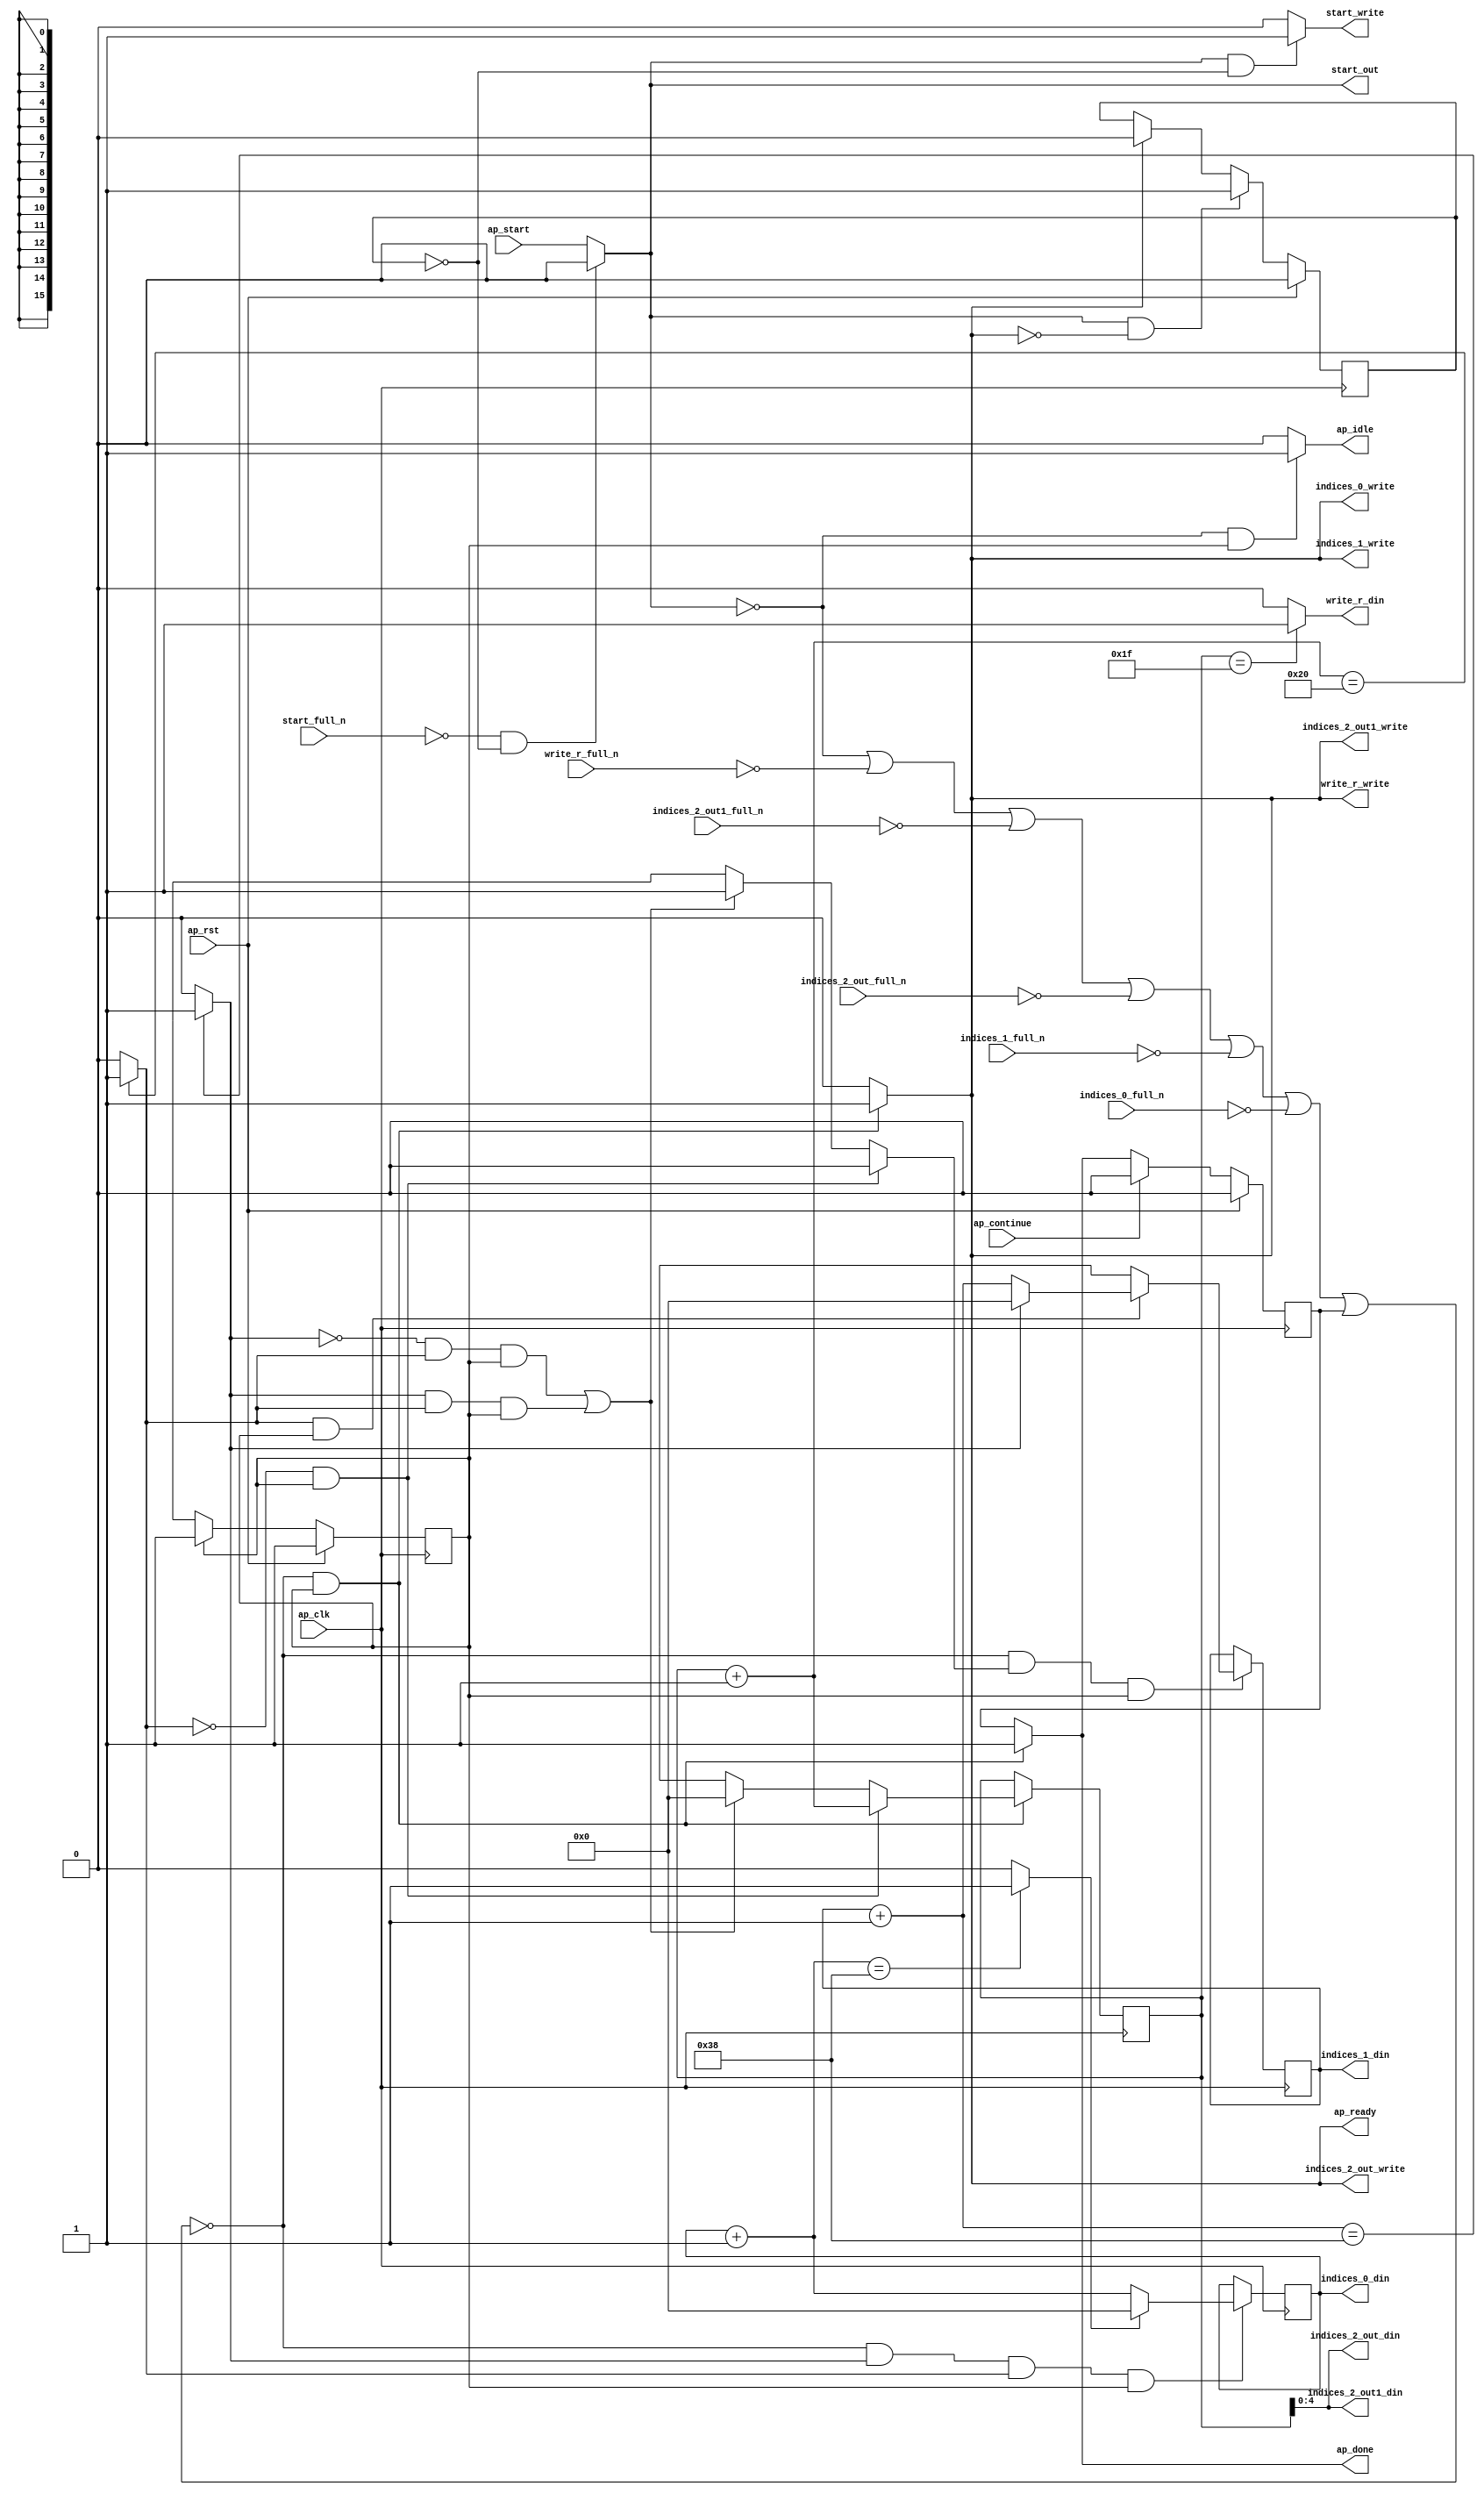
`define EXPONENT 5
`define MANTISSA 10
`define ACTUAL_MANTISSA 11
`define EXPONENT_LSB 10
`define EXPONENT_MSB 14
`define MANTISSA_LSB 0
`define MANTISSA_MSB 9
`define MANTISSA_MUL_SPLIT_LSB 3
`define MANTISSA_MUL_SPLIT_MSB 9
`define SIGN 1
`define SIGN_LOC 15
`define DWIDTH (`SIGN+`EXPONENT+`MANTISSA)
`define IEEE_COMPLIANCE 1

module td_fused_top_tdf4_get_next_ijk (
        ap_clk,
        ap_rst,
        ap_start,
        start_full_n,
        ap_done,
        ap_continue,
        ap_idle,
        ap_ready,
        start_out,
        start_write,
        indices_0_din,
        indices_0_full_n,
        indices_0_write,
        indices_1_din,
        indices_1_full_n,
        indices_1_write,
        indices_2_out_din,
        indices_2_out_full_n,
        indices_2_out_write,
        indices_2_out1_din,
        indices_2_out1_full_n,
        indices_2_out1_write,
        write_r_din,
        write_r_full_n,
        write_r_write
);

parameter    ap_ST_fsm_state1 = 1'd1;

input   ap_clk;
input   ap_rst;
input   ap_start;
input   start_full_n;
output   ap_done;
input   ap_continue;
output   ap_idle;
output   ap_ready;
output   start_out;
output   start_write;
output  [15:0] indices_0_din;
input   indices_0_full_n;
output   indices_0_write;
output  [15:0] indices_1_din;
input   indices_1_full_n;
output   indices_1_write;
output  [4:0] indices_2_out_din;
input   indices_2_out_full_n;
output   indices_2_out_write;
output  [4:0] indices_2_out1_din;
input   indices_2_out1_full_n;
output   indices_2_out1_write;
output   write_r_din;
input   write_r_full_n;
output   write_r_write;

reg ap_done;
reg ap_idle;
reg start_write;
reg indices_0_write;
reg indices_1_write;
reg indices_2_out_write;
reg indices_2_out1_write;
reg write_r_write;

reg    real_start;
reg    start_once_reg;
reg    ap_done_reg;
  reg   [0:0] ap_CS_fsm;
wire    ap_CS_fsm_state1;
reg    internal_ap_ready;
reg   [15:0] i_4;
reg   [15:0] j_4;
reg   [15:0] k_4;
reg    indices_0_blk_n;
reg    indices_1_blk_n;
reg    indices_2_out_blk_n;
reg    indices_2_out1_blk_n;
reg    write_r_blk_n;
reg   [0:0] ap_phi_mux_j_15_flag_0_i_phi_fu_90_p6;
reg    ap_block_state1;
wire   [0:0] icmp_ln257_fu_161_p2;
wire   [0:0] icmp_ln260_fu_174_p2;
reg   [15:0] ap_phi_mux_j_15_new_0_i_phi_fu_104_p6;
wire   [15:0] add_ln259_fu_167_p2;
reg   [15:0] ap_phi_mux_k_15_new_0_i_phi_fu_117_p6;
wire   [15:0] add_ln256_fu_154_p2;
wire   [15:0] select_ln263_fu_192_p3;
wire   [4:0] trunc_ln254_fu_141_p1;
wire   [15:0] add_ln262_fu_180_p2;
wire   [0:0] icmp_ln263_fu_186_p2;
reg   [0:0] ap_NS_fsm;
wire    ap_ce_reg;

// power-on initialization
initial begin
#0 start_once_reg = 1'b0;
#0 ap_done_reg = 1'b0;
#0 ap_CS_fsm = 1'd1;
#0 i_4 = 16'd0;
#0 j_4 = 16'd0;
#0 k_4 = 16'd0;
end

always @ (posedge ap_clk) begin
    if (ap_rst == 1'b1) begin
        ap_CS_fsm <= ap_ST_fsm_state1;
    end else begin
        ap_CS_fsm <= ap_NS_fsm;
    end
end

always @ (posedge ap_clk) begin
    if (ap_rst == 1'b1) begin
        ap_done_reg <= 1'b0;
    end else begin
        if ((ap_continue == 1'b1)) begin
            ap_done_reg <= 1'b0;
        end else if ((~((real_start == 1'b0) | (write_r_full_n == 1'b0) | (indices_2_out1_full_n == 1'b0) | (indices_2_out_full_n == 1'b0) | (indices_1_full_n == 1'b0) | (indices_0_full_n == 1'b0) | (ap_done_reg == 1'b1)) & (1'b1 == ap_CS_fsm_state1))) begin
            ap_done_reg <= 1'b1;
        end
    end
end

always @ (posedge ap_clk) begin
    if (ap_rst == 1'b1) begin
        start_once_reg <= 1'b0;
    end else begin
        if (((real_start == 1'b1) & (internal_ap_ready == 1'b0))) begin
            start_once_reg <= 1'b1;
        end else if ((internal_ap_ready == 1'b1)) begin
            start_once_reg <= 1'b0;
        end
    end
end

always @ (posedge ap_clk) begin
    if ((~((real_start == 1'b0) | (write_r_full_n == 1'b0) | (indices_2_out1_full_n == 1'b0) | (indices_2_out_full_n == 1'b0) | (indices_1_full_n == 1'b0) | (indices_0_full_n == 1'b0) | (ap_done_reg == 1'b1)) & (icmp_ln260_fu_174_p2 == 1'd1) & (icmp_ln257_fu_161_p2 == 1'd1) & (1'b1 == ap_CS_fsm_state1))) begin
        i_4 <= select_ln263_fu_192_p3;
    end
end

always @ (posedge ap_clk) begin
    if ((~((real_start == 1'b0) | (write_r_full_n == 1'b0) | (indices_2_out1_full_n == 1'b0) | (indices_2_out_full_n == 1'b0) | (indices_1_full_n == 1'b0) | (indices_0_full_n == 1'b0) | (ap_done_reg == 1'b1)) & (ap_phi_mux_j_15_flag_0_i_phi_fu_90_p6 == 1'd1) & (1'b1 == ap_CS_fsm_state1))) begin
        j_4 <= ap_phi_mux_j_15_new_0_i_phi_fu_104_p6;
    end
end

always @ (posedge ap_clk) begin
    if ((~((real_start == 1'b0) | (write_r_full_n == 1'b0) | (indices_2_out1_full_n == 1'b0) | (indices_2_out_full_n == 1'b0) | (indices_1_full_n == 1'b0) | (indices_0_full_n == 1'b0) | (ap_done_reg == 1'b1)) & (1'b1 == ap_CS_fsm_state1))) begin
        k_4 <= ap_phi_mux_k_15_new_0_i_phi_fu_117_p6;
    end
end

always @ (*) begin
    if ((~((real_start == 1'b0) | (write_r_full_n == 1'b0) | (indices_2_out1_full_n == 1'b0) | (indices_2_out_full_n == 1'b0) | (indices_1_full_n == 1'b0) | (indices_0_full_n == 1'b0) | (ap_done_reg == 1'b1)) & (1'b1 == ap_CS_fsm_state1))) begin
        ap_done = 1'b1;
    end else begin
        ap_done = ap_done_reg;
    end
end

always @ (*) begin
    if (((real_start == 1'b0) & (1'b1 == ap_CS_fsm_state1))) begin
        ap_idle = 1'b1;
    end else begin
        ap_idle = 1'b0;
    end
end

always @ (*) begin
    if (((icmp_ln257_fu_161_p2 == 1'd0) & (1'b1 == ap_CS_fsm_state1))) begin
        ap_phi_mux_j_15_flag_0_i_phi_fu_90_p6 = 1'd0;
    end else if ((((icmp_ln260_fu_174_p2 == 1'd0) & (icmp_ln257_fu_161_p2 == 1'd1) & (1'b1 == ap_CS_fsm_state1)) | ((icmp_ln260_fu_174_p2 == 1'd1) & (icmp_ln257_fu_161_p2 == 1'd1) & (1'b1 == ap_CS_fsm_state1)))) begin
        ap_phi_mux_j_15_flag_0_i_phi_fu_90_p6 = 1'd1;
    end else begin
        ap_phi_mux_j_15_flag_0_i_phi_fu_90_p6 = 'bx;
    end
end

always @ (*) begin
    if (((icmp_ln257_fu_161_p2 == 1'd1) & (1'b1 == ap_CS_fsm_state1))) begin
        if ((icmp_ln260_fu_174_p2 == 1'd0)) begin
            ap_phi_mux_j_15_new_0_i_phi_fu_104_p6 = add_ln259_fu_167_p2;
        end else if ((icmp_ln260_fu_174_p2 == 1'd1)) begin
            ap_phi_mux_j_15_new_0_i_phi_fu_104_p6 = 16'd0;
        end else begin
            ap_phi_mux_j_15_new_0_i_phi_fu_104_p6 = 'bx;
        end
    end else begin
        ap_phi_mux_j_15_new_0_i_phi_fu_104_p6 = 'bx;
    end
end

always @ (*) begin
    if (((icmp_ln257_fu_161_p2 == 1'd0) & (1'b1 == ap_CS_fsm_state1))) begin
        ap_phi_mux_k_15_new_0_i_phi_fu_117_p6 = add_ln256_fu_154_p2;
    end else if ((((icmp_ln260_fu_174_p2 == 1'd0) & (icmp_ln257_fu_161_p2 == 1'd1) & (1'b1 == ap_CS_fsm_state1)) | ((icmp_ln260_fu_174_p2 == 1'd1) & (icmp_ln257_fu_161_p2 == 1'd1) & (1'b1 == ap_CS_fsm_state1)))) begin
        ap_phi_mux_k_15_new_0_i_phi_fu_117_p6 = 16'd0;
    end else begin
        ap_phi_mux_k_15_new_0_i_phi_fu_117_p6 = 'bx;
    end
end

always @ (*) begin
    if ((~((real_start == 1'b0) | (ap_done_reg == 1'b1)) & (1'b1 == ap_CS_fsm_state1))) begin
        indices_0_blk_n = indices_0_full_n;
    end else begin
        indices_0_blk_n = 1'b1;
    end
end

always @ (*) begin
    if ((~((real_start == 1'b0) | (write_r_full_n == 1'b0) | (indices_2_out1_full_n == 1'b0) | (indices_2_out_full_n == 1'b0) | (indices_1_full_n == 1'b0) | (indices_0_full_n == 1'b0) | (ap_done_reg == 1'b1)) & (1'b1 == ap_CS_fsm_state1))) begin
        indices_0_write = 1'b1;
    end else begin
        indices_0_write = 1'b0;
    end
end

always @ (*) begin
    if ((~((real_start == 1'b0) | (ap_done_reg == 1'b1)) & (1'b1 == ap_CS_fsm_state1))) begin
        indices_1_blk_n = indices_1_full_n;
    end else begin
        indices_1_blk_n = 1'b1;
    end
end

always @ (*) begin
    if ((~((real_start == 1'b0) | (write_r_full_n == 1'b0) | (indices_2_out1_full_n == 1'b0) | (indices_2_out_full_n == 1'b0) | (indices_1_full_n == 1'b0) | (indices_0_full_n == 1'b0) | (ap_done_reg == 1'b1)) & (1'b1 == ap_CS_fsm_state1))) begin
        indices_1_write = 1'b1;
    end else begin
        indices_1_write = 1'b0;
    end
end

always @ (*) begin
    if ((~((real_start == 1'b0) | (ap_done_reg == 1'b1)) & (1'b1 == ap_CS_fsm_state1))) begin
        indices_2_out1_blk_n = indices_2_out1_full_n;
    end else begin
        indices_2_out1_blk_n = 1'b1;
    end
end

always @ (*) begin
    if ((~((real_start == 1'b0) | (write_r_full_n == 1'b0) | (indices_2_out1_full_n == 1'b0) | (indices_2_out_full_n == 1'b0) | (indices_1_full_n == 1'b0) | (indices_0_full_n == 1'b0) | (ap_done_reg == 1'b1)) & (1'b1 == ap_CS_fsm_state1))) begin
        indices_2_out1_write = 1'b1;
    end else begin
        indices_2_out1_write = 1'b0;
    end
end

always @ (*) begin
    if ((~((real_start == 1'b0) | (ap_done_reg == 1'b1)) & (1'b1 == ap_CS_fsm_state1))) begin
        indices_2_out_blk_n = indices_2_out_full_n;
    end else begin
        indices_2_out_blk_n = 1'b1;
    end
end

always @ (*) begin
    if ((~((real_start == 1'b0) | (write_r_full_n == 1'b0) | (indices_2_out1_full_n == 1'b0) | (indices_2_out_full_n == 1'b0) | (indices_1_full_n == 1'b0) | (indices_0_full_n == 1'b0) | (ap_done_reg == 1'b1)) & (1'b1 == ap_CS_fsm_state1))) begin
        indices_2_out_write = 1'b1;
    end else begin
        indices_2_out_write = 1'b0;
    end
end

always @ (*) begin
    if ((~((real_start == 1'b0) | (write_r_full_n == 1'b0) | (indices_2_out1_full_n == 1'b0) | (indices_2_out_full_n == 1'b0) | (indices_1_full_n == 1'b0) | (indices_0_full_n == 1'b0) | (ap_done_reg == 1'b1)) & (1'b1 == ap_CS_fsm_state1))) begin
        internal_ap_ready = 1'b1;
    end else begin
        internal_ap_ready = 1'b0;
    end
end

always @ (*) begin
    if (((start_full_n == 1'b0) & (start_once_reg == 1'b0))) begin
        real_start = 1'b0;
    end else begin
        real_start = ap_start;
    end
end

always @ (*) begin
    if (((real_start == 1'b1) & (start_once_reg == 1'b0))) begin
        start_write = 1'b1;
    end else begin
        start_write = 1'b0;
    end
end

always @ (*) begin
    if ((~((real_start == 1'b0) | (ap_done_reg == 1'b1)) & (1'b1 == ap_CS_fsm_state1))) begin
        write_r_blk_n = write_r_full_n;
    end else begin
        write_r_blk_n = 1'b1;
    end
end

always @ (*) begin
    if ((~((real_start == 1'b0) | (write_r_full_n == 1'b0) | (indices_2_out1_full_n == 1'b0) | (indices_2_out_full_n == 1'b0) | (indices_1_full_n == 1'b0) | (indices_0_full_n == 1'b0) | (ap_done_reg == 1'b1)) & (1'b1 == ap_CS_fsm_state1))) begin
        write_r_write = 1'b1;
    end else begin
        write_r_write = 1'b0;
    end
end

always @ (*) begin
    case (ap_CS_fsm)
        ap_ST_fsm_state1 : begin
            ap_NS_fsm = ap_ST_fsm_state1;
        end
        default : begin
            ap_NS_fsm = 'bx;
        end
    endcase
end

assign add_ln256_fu_154_p2 = (k_4 + 16'd1);

assign add_ln259_fu_167_p2 = (j_4 + 16'd1);

assign add_ln262_fu_180_p2 = (i_4 + 16'd1);

assign ap_CS_fsm_state1 = ap_CS_fsm[32'd0];

always @ (*) begin
    ap_block_state1 = ((real_start == 1'b0) | (write_r_full_n == 1'b0) | (indices_2_out1_full_n == 1'b0) | (indices_2_out_full_n == 1'b0) | (indices_1_full_n == 1'b0) | (indices_0_full_n == 1'b0) | (ap_done_reg == 1'b1));
end

assign ap_ready = internal_ap_ready;

assign icmp_ln257_fu_161_p2 = ((add_ln256_fu_154_p2 == 16'd32) ? 1'b1 : 1'b0);

assign icmp_ln260_fu_174_p2 = ((add_ln259_fu_167_p2 == 16'd56) ? 1'b1 : 1'b0);

assign icmp_ln263_fu_186_p2 = ((add_ln262_fu_180_p2 == 16'd56) ? 1'b1 : 1'b0);

assign indices_0_din = i_4;

assign indices_1_din = j_4;

assign indices_2_out1_din = trunc_ln254_fu_141_p1;

assign indices_2_out_din = trunc_ln254_fu_141_p1;

assign select_ln263_fu_192_p3 = ((icmp_ln263_fu_186_p2[0:0] == 1'b1) ? 16'd0 : add_ln262_fu_180_p2);

assign start_out = real_start;

assign trunc_ln254_fu_141_p1 = k_4[4:0];

assign write_r_din = ((k_4 == 16'd31) ? 1'b1 : 1'b0);

endmodule //td_fused_top_tdf4_get_next_ijk